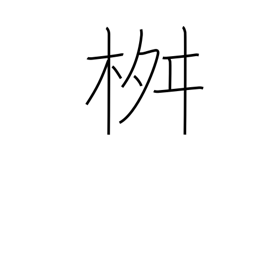
Meaning: measuring box